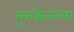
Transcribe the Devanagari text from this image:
सुरक्षिततेला